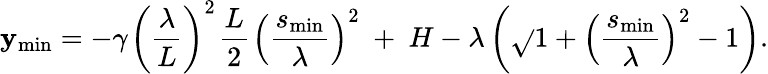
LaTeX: \mathbf{y}_{\mathrm{{min}}}=-\gamma~\! \left(\frac{{\lambda}}{{L}}\right)^{2}~\! \frac{{L}}{{2}}~\! \left(\frac{{s_{\mathrm{{min}}}}}{{\lambda}}\right)^{2}~+~H-\lambda\left(\sqrt{}{{1+\left(\frac{{s_{\operatorname*{min}}}}{{\lambda}}\right)^{2}}}-1\right).